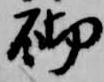
砌